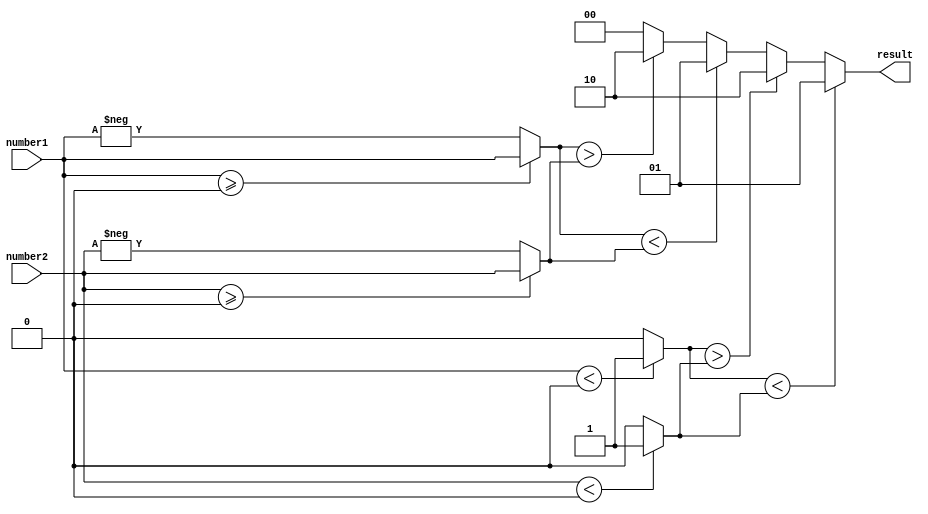
module signed_magnitude_comparator(
    input signed [7:0] number1,
    input signed [7:0] number2,
    output reg [1:0] result
);

reg sign1, sign2;
wire [7:0] abs_num1, abs_num2;

assign abs_num1 = number1 >= 0 ? number1 : -number1;
assign abs_num2 = number2 >= 0 ? number2 : -number2;

assign sign1 = number1 < 0 ? 1 : 0;
assign sign2 = number2 < 0 ? 1 : 0;

always @(*) begin
    if(sign1 < sign2)
        result <= 2'b01; // number1 is less than number2
    else if(sign1 > sign2)
        result <= 2'b10; // number1 is greater than number2
    else begin
        if(abs_num1 < abs_num2)
            result <= 2'b01; // number1 is less than number2
        else if(abs_num1 > abs_num2)
            result <= 2'b10; // number1 is greater than number2
        else
            result <= 2'b00; // number1 is equal to number2
    end
end

endmodule